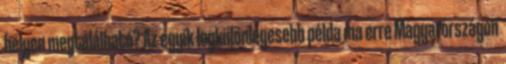
helyen megtalálható? Az egyik legkülönlegesebb példa ma erre Magyarországon